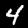
Digit: 4